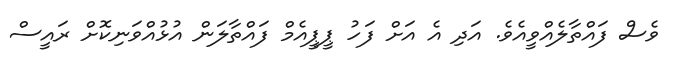
ވެސް ފައްތާލެއްވީއެވެ. އަދި އެ އަށް ފަހު ޕީޕީއެމް ފައްތާލަން އުޅުއްވަނިކޮށް ރައީސް